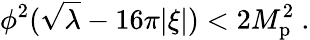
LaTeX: \phi^{2}(\sqrt\lambda-16\pi|\xi|)<2M_{\mathrm{p}}^{2}\ .